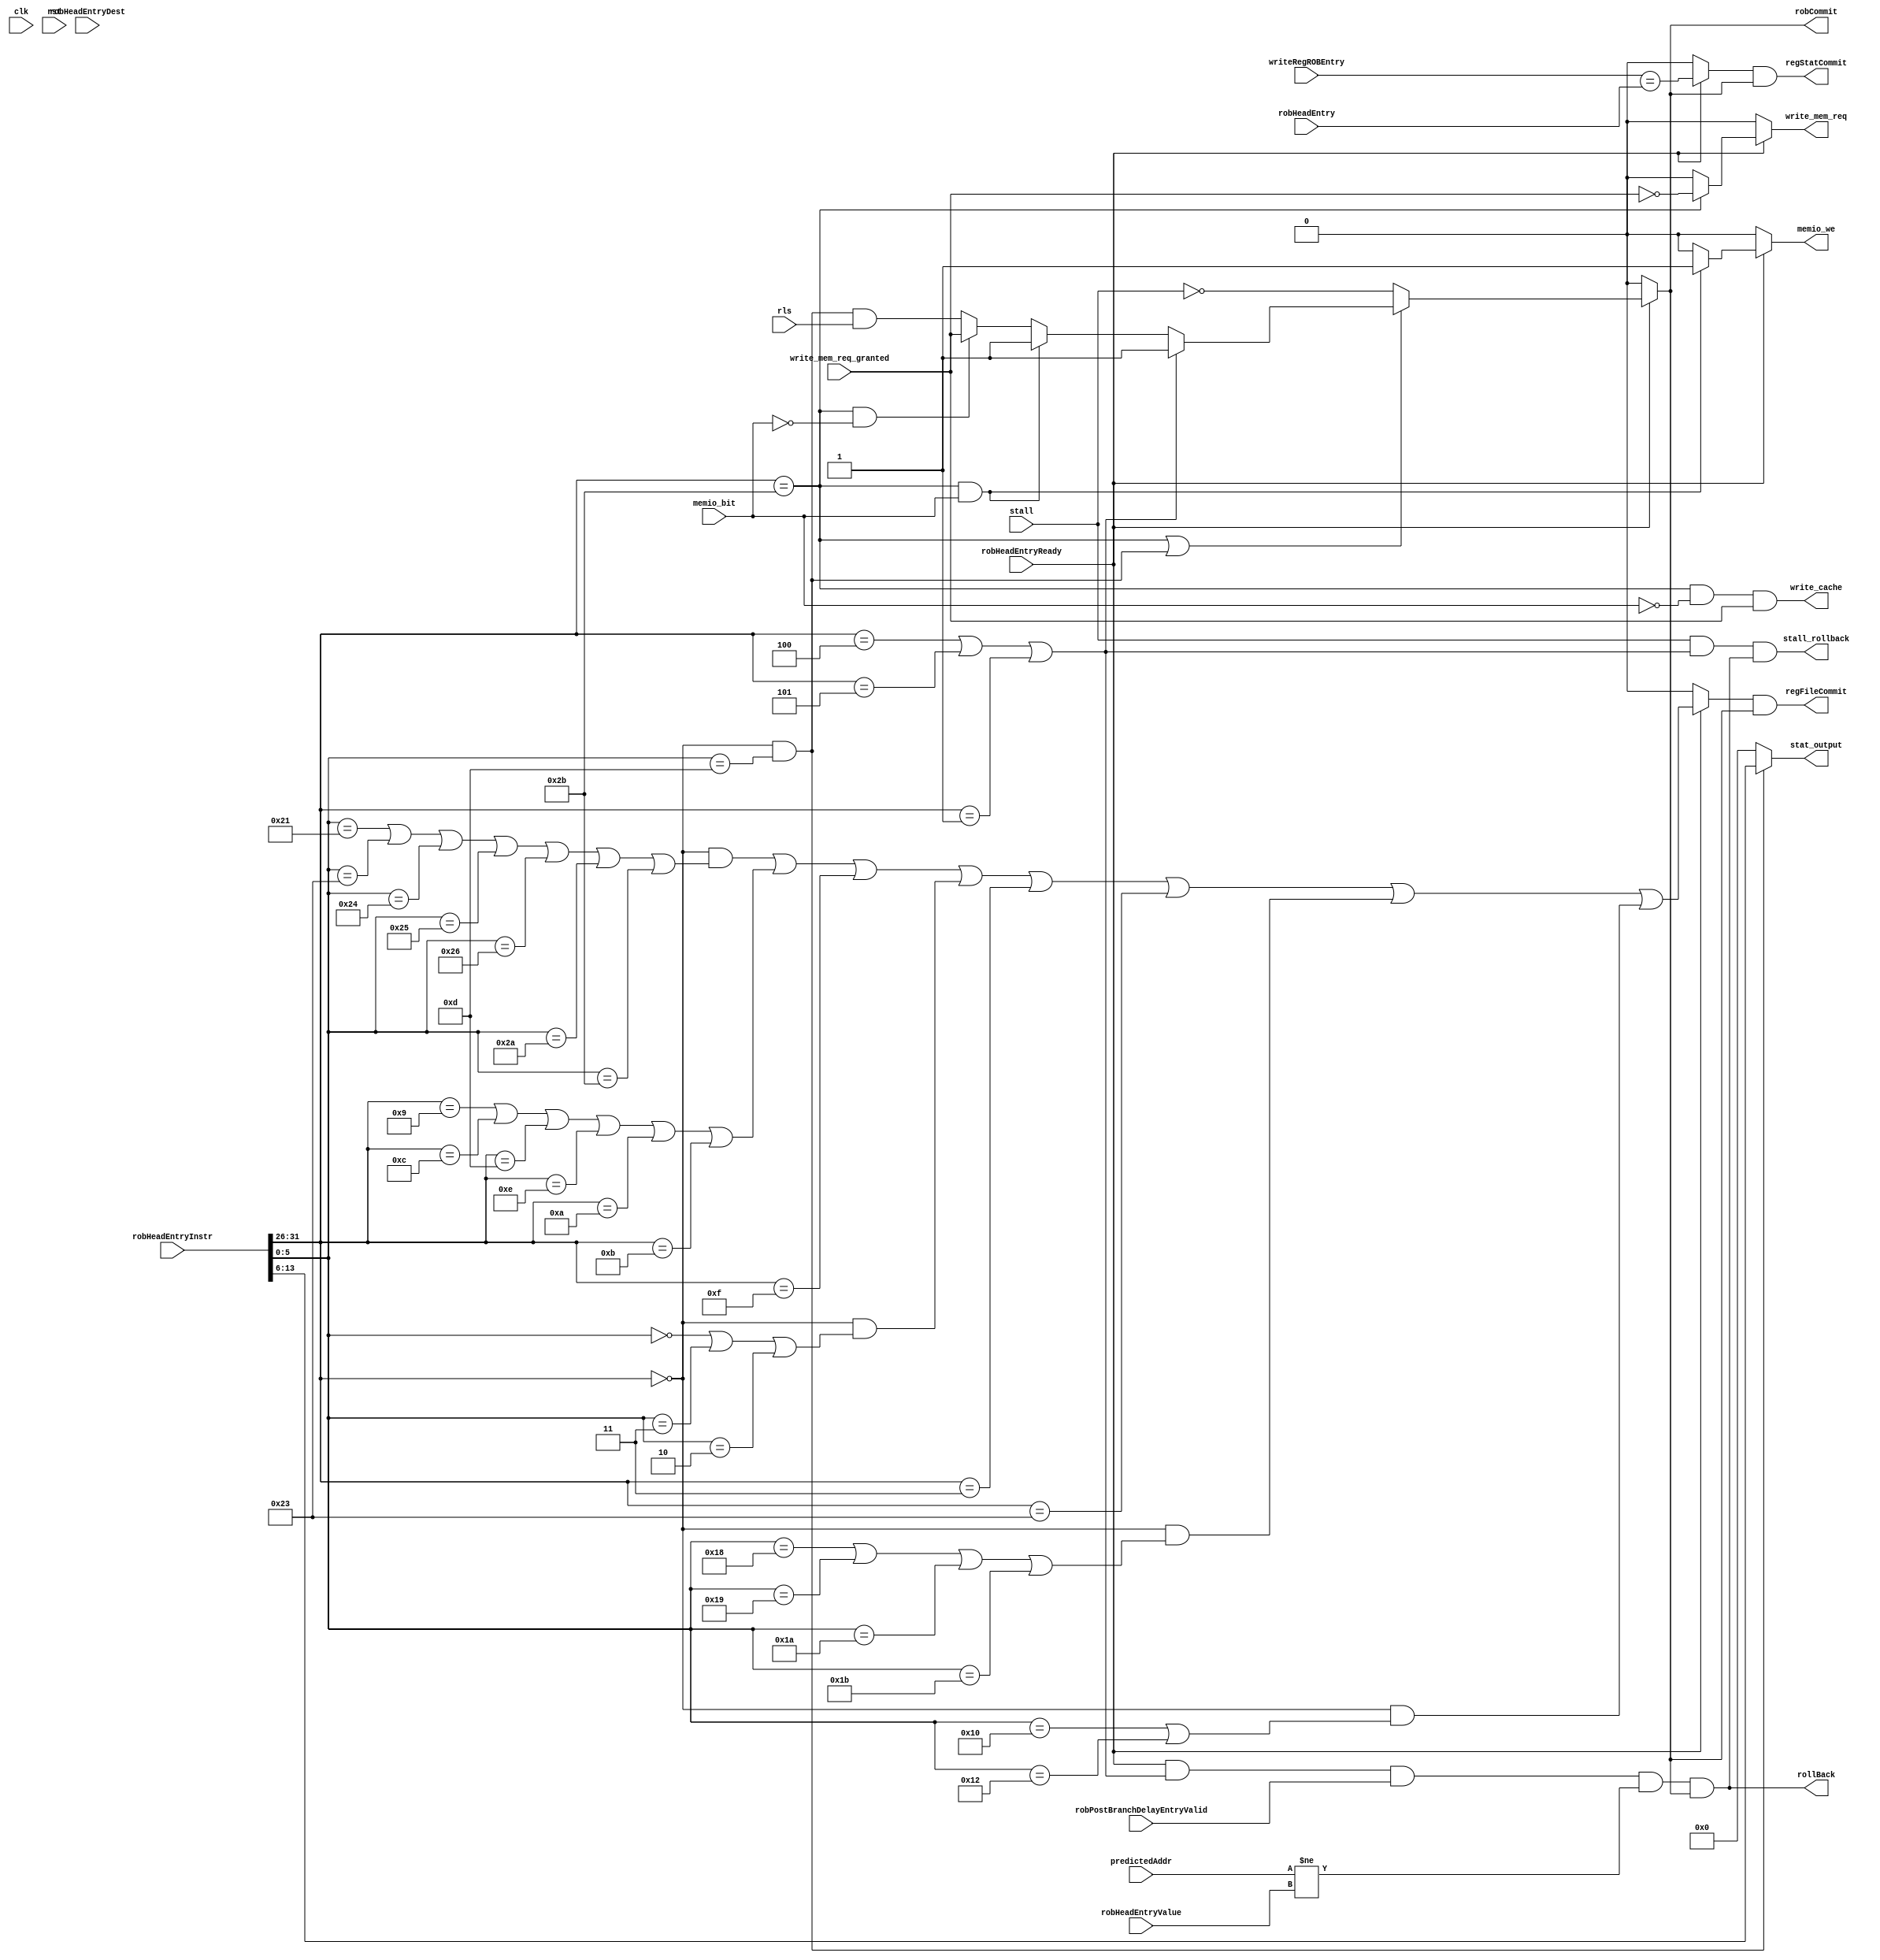
// Module: Commit control logic

// Basic operation: At each positive edge of the clock, the commit unit will check
// the ready bit of the current ROB entry referenced by ROB's commitPtr.  Make sure
// the ROB sets the ready bit to 0 otherwise (at reset, at rollback, and at completion
// of commit)

/*
   multdiv hi, lo
   
*/



module commit(robHeadEntry,
			robHeadEntryDest,
			robHeadEntryReady,
			robHeadEntryInstr,
			robHeadEntryValue,
			robPostBranchDelayEntryValid,
			robCommit,
			//writeReg, sent to reg file and hi/lo from rob
			writeRegROBEntry,
			//writeRegBusy,
			predictedAddr,
			//regFileOut,  sent to reg file from rob
			regFileCommit,
			rls,
			regStatCommit,
			stat_output,
			rollBack,
			write_cache,
			write_mem_req,
			write_mem_req_granted,
			clk,
			rst,
			memio_we,
			memio_bit,
			stall,  // don't commit if stalled
			stall_rollback
		    );

  input clk, rst;

  // ROB head entry fields
  input [4:0] robHeadEntry, robHeadEntryDest;
  input robHeadEntryReady;
  input [31:0] robHeadEntryInstr, robHeadEntryValue;
  input robPostBranchDelayEntryValid;

  // register file
  //output [31:0] regFileOut;
  
  // register status file
  //output [5:0] writeReg;
  input [4:0] writeRegROBEntry;   
  //output writeRegBusy;

  // commit signals
  // there are two separate commit signals because we do not always 
  // update register stat file 
  output regFileCommit;
  output regStatCommit;
  output robCommit;
  
  // Branch rollback
  input [31:0] predictedAddr;
  output rollBack;
 
  // decoding instruction
  wire [5:0] op, funct;
  wire [19:0] break_code;
  
  // store word signals
  output write_cache, write_mem_req;
  input write_mem_req_granted;
  output memio_we;
  input memio_bit;


  input stall;
  output stall_rollback; // asserted if we're stalling while commit_ptr is
  					// pointing to a branch instruction that needs to
					// be rolled back
  

  // instruction groups 
  wire ig1, ig2, ig3, ig4, ig5, ig6, ig7, ig8, ig9, ig10, ig11, ig12, ig13, ig14;
 
  assign op = robHeadEntryInstr[31:26];
  assign funct = robHeadEntryInstr[5:0];
  assign break_code = robHeadEntryInstr[25:6];
  
  parameter rtype_opcode = 6'b0,	   	  	// rtype (opcode 0)
		  addiu_opcode = 6'b001001,     	// addiu (opcode 9)	
		  andi_opcode = 6'b001100,	  	// andi (opcode 12)		     	 
		  ori_opcode = 6'b001101,	  	// ori (opcode 13)
            xori_opcode = 6'b001110,	  	// xori (opcode 14)
		  lui_opcode = 6'b001111,	  	// lui (opcode 15)
		  slti_opcode = 6'b001010,	  	// slti (opcode 10)
            sltiu_opcode = 6'b001011,		// sltiu (opcode 11)
		  beq_opcode = 6'b000100,	  	// beq (opcode 4)
		  bne_opcode = 6'b000101,	  	// bne (opcode 5)
            branch_rt_opcode = 6'b000001, 	// bgez/bltz (opcode 1) differentiated by rt field
            j_opcode = 6'b000010,         	// j  (opcode 2)
		  jal_opcode = 6'b000011,	 	// jal (opcode 3)
		  lw_opcode = 6'b100011,		 	// lw (opcode 35)
		  sw_opcode = 6'b101011;		  	// sw (opcode 43)
		  
  parameter addu_funct = 6'b100001,	  	// addu (funct 33)
		  subu_funct = 6'b100011,	  	// subu (funct 35)
            and_funct = 6'b100100,		  	// and (funct 36)
            or_funct =  6'b100101,		  	// or (funct 37)
		  xor_funct = 6'b100110,	       	// xor (funct 38)
		  sll_funct = 6'b000000,		  	// sll (funct 0)
		  sra_funct = 6'b000011,		  	// sra (funct 3)
		  srl_funct = 6'b000010,  	  	// srl (funct 2)
		  slt_funct = 6'b101010,		  	// slt (funct 42)
		  sltu_funct = 6'b101011,	  	// sltu(funct 43)
		  jr_funct = 6'b001000,  	  	// jr (funct 8)
		  
		  mult_funct = 6'd24, 		  // mult (funct 24)  added by Victor 11-29 EARLY MORNING
		  div_funct  = 6'd26,           //	div  (funct 26)  // not supported?
		  divu_funct = 6'd27, 		  // divu (funct 27)
		  
		  multu_funct =6'b011001,	  	// multu(funct 25)
		  mfhi_funct  =6'b010000,	  	// mfhi (funct 16)
		  mflo_funct  =6'b010010,	  	// mflo (funct 18)
		  break_funct =6'b001101;	  	// break(funct 13)

  parameter bgez_rt = 5'b00001,		  	// bgez (rt 1)
  		  bltz_rt = 5'b00000;		  	// bltz (rt 0)

  // instruction group abstractions
  assign ig1 = (op == rtype_opcode) && ((funct == addu_funct) || (funct == subu_funct) ||
  								(funct == and_funct) || (funct == or_funct) ||
								(funct ==  xor_funct) || (funct == slt_funct) ||
								(funct == sltu_funct));
  assign ig2 = (op == addiu_opcode) || (op == andi_opcode) || (op == ori_opcode) ||
  			(op == xori_opcode) || (op == slti_opcode) || (op == sltiu_opcode);
  assign ig3 = op == lui_opcode;
  assign ig4 = (op == rtype_opcode) && ((funct == sll_funct) || (funct == sra_funct) ||
  								(funct == srl_funct));
  assign ig5 = (op == beq_opcode) || (op == bne_opcode);
  assign ig6 = (op == branch_rt_opcode);
  assign ig7 = (op == j_opcode);
  assign ig8 = (op == rtype_opcode) && (funct == jr_funct);
  assign ig9 = (op == jal_opcode);
  assign ig10 = (op == lw_opcode);
  assign ig11 = (op == sw_opcode);
  assign ig12 = (op == rtype_opcode) && ((funct == mult_funct) ||
  								 (funct == multu_funct) ||
								 (funct == div_funct) ||
								 (funct == divu_funct));
  assign ig13 = (op == rtype_opcode) && ((funct == mfhi_funct) || (funct == mflo_funct));
  assign ig14 = (op == rtype_opcode) && (funct == break_funct);

  // branch rollback
  assign rollBack = (robHeadEntryReady & (ig5 | ig6) & robPostBranchDelayEntryValid & (predictedAddr != robHeadEntryValue) &
  				robCommit);	    // added by Thomas 

  // break & release
  input rls;
  output [7:0] stat_output;
  
  //assign writeReg = robHeadEntryDest;	// d = ROB[h].Dest
  
  // branch instructions
  // 1) how to check if branch is mispredicted?
  // 2) what to do if a branch is mispredicted?
  
  // store word instructions
  // 1) what to do when we encounter a store word instruction?
  // 2) only send robCommit when we actually successfully store the value
  //    into both cache and memory?
  // assign writeMem
  // assign writeCache

  // store word signals
  // write_cache, write_mem_req;
  // input write_mem_req_granted;

  // store word if instruction is sw && addr[31]=0 && 
  //assign write_cache = !robHeadEntryReady ? 1'b0:
  //		             ig11
  
  
/*  
  reg [1:0] CS, NS;	// current state, next state  
  parameter idle=2'b0, wr_cache=2'b1, requesting=2'b10;

  always @ (posedge clk) begin
    if (rst)
      CS <= idle;
    else
      CS <= NS;
  end

  // next state logic  // function of CS and input
  always @ (CS or robHeadEntryReady or ig11 or write_mem_req_granted) begin
    case(CS)
    idle: begin
      if (robHeadEntryReady && ig11 && !write_mem_req_granted)
	   NS <= wr_cache;
      else
	   NS <= idle;
    end
    wr_cache: begin
      if (write_mem_req_granted)
	   NS <= idle;
      else
        NS <= requesting;
    end
    requesting: begin
      if (write_mem_req_granted)
	   NS <= idle;
	 else
	   NS <= requesting;
    end
    default: NS <= idle;  
    endcase

  end

  reg write_cache;
  reg write_mem_req;

  // output logic
  always @ (CS) begin
    case(CS)
    idle: begin
      write_cache = 1'b0;
	 write_mem_req = 1'b0;
    end
    wr_cache: begin
      write_cache = 1'b1;
	 write_mem_req = 1'b1;
    end
    requesting: begin
      write_cache = 1'b0;
	 write_mem_req = 1'b1;
    end

    endcase

  end

*/

  //assign write_cache = write_mem_req;  
  assign write_cache = ig11 & ~memio_bit & write_mem_req_granted;
  assign write_mem_req = !robHeadEntryReady ? 1'b0 :
                       ig11 ? !write_mem_req_granted : 1'b0;

  // break instructions
  assign stat_output = ig14 ? break_code[7:0] : 8'h00;

  // regular reg file writing instructions
  // commit to register file only if ROB[h].ready=yes
  // and instructions are not branch, store or break
  //assign regFileOut = robHeadEntryValue; // IS THIS NECESSARY?

  // regFileCommit when inst writes to reg.
  assign regFileCommit = (!robHeadEntryReady ? 1'b0 :				// robHeadEntry not ready, don't commit.
  			      	 (ig1 | ig2 | ig3 | ig4 | ig9 | ig10 | ig12 | ig13)) &&
						// inst writes to regFile, assert regFileCommit
				 	robCommit;
  // rob commit signal
  // - should not check other values if robHeadEntry is not ready b/c robHeadEntryValue may be 32'hx;
  assign robCommit =  !robHeadEntryReady ? 1'b0 :								// robHeadEntry not ready, don't commit.
  				 !(ig11 | ig14) ? /*1'b1*/ ~stall :									// if not branch, sw or break, commit.
				 (ig5 | ig6) ? 1'b1:/*robPostBranchDelayEntryValid, richard: we actually want to affect rollback*/			// branch, always commit upon resolving.
				 (ig11 & memio_bit) ? 1'b1 : 
				 (ig11 & !memio_bit) ? write_mem_req_granted : // store word, don't commit until done storing 										// FIX THIS (currently commit unconditionally).
				 (ig14 & rls);											// break, do not commit until release.

	
  assign stall_rollback = stall & (ig5 | ig6) & rollBack;


 // predictedAddr: one that we actually took.
 // robHeadEntryValue: addr that we should have taken.

  /*
  // regFileCommit when inst writes to reg.
  assign regFileCommit = (robHeadEntryReady & ~(ig5 | ig6 | ig7 | ig8 | ig9 | ig11 | ig14));

  // rob commit signal
  // -need robCommit to be asserted for jumps?
  // - should not check other values if robHeadEntry is not ready b/c robHeadEntryValue may be 32'hx;
  assign robCommit = !robHeadEntryReady ? 1'b0 :	  // need to check if RSFull
  			      ((ig1 | ig2 | ig3 | ig4 | ig9 | ig10 | ig14) && !(ig5 | ig6 | ig7 | ig8 | ig11 | ig12 | ig13)) ||
				 ((ig5 | ig6) && (robHeadEntryValue == predictedAddr)) ? 1'b1 :
				 1'b0;
 */
 
  // need to extend to handle other instructions
  
  // free up destination register if no one else writing to it
  //assign writeRegBusy = 1'b0;
  assign regStatCommit = (!robHeadEntryReady ? 1'b0:
                          (writeRegROBEntry == robHeadEntry)) &&
					robCommit;

  // store-word memio commit (applies to only store words in memio)
  assign memio_we = !robHeadEntryReady ? 1'b0 :
  		   (ig11 & memio_bit) ? 1'b1 :
		   1'b0;
 
endmodule